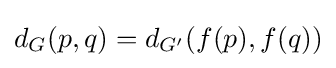
d_{G}(p,q)=d_{G'}(f(p),f(q))